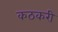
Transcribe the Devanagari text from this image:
कठकरी